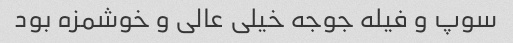
سوپ و فیله جوجه خیلی عالی و خوشمزه بود